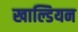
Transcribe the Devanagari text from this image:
खाल्डियन